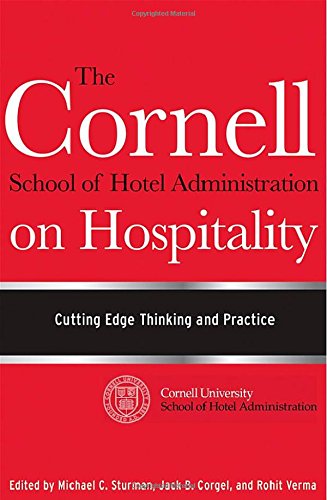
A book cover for The Cornell School of Hotel Administration on Hospitality: Cutting Edge Thinking and Practice; Business & Money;